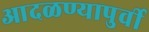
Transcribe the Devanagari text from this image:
आदळण्यापुर्वी